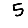
Digit: 5